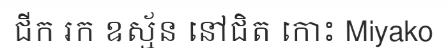
ជីក រក ឧស្ម័ន នៅជិត កោះ Miyako